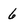
Character: 6